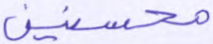
محسنين